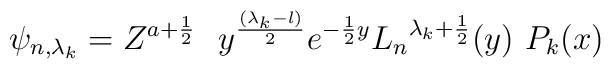
\psi_{n,{\lambda_k}} =  Z^{a +\frac{1}{2}}\,\,\ y^{({\lambda_k} - l) \over 2} e^{-{1\over 2} y} {L_n}^{{\lambda_k} + {1\over 2}} (y) \,\, P_k (x)